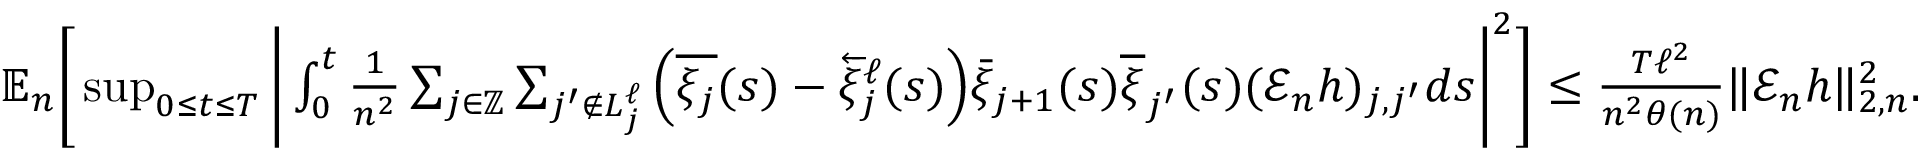
\begin{array} { r l } & { \mathbb { E } _ { n } \bigg [ \operatorname* { s u p } _ { 0 \le t \le T } \bigg | \int _ { 0 } ^ { t } \frac { 1 } { n ^ { 2 } } \sum _ { j \in \mathbb Z } \sum _ { j ^ { \prime } \notin { L _ { j } ^ { \ell } } } \Big ( \overline { { \xi _ { j } } } ( s ) - \overleftarrow { \xi } _ { j } ^ { \ell } ( s ) \Big ) \bar { \xi } _ { j + 1 } ( s ) \overline { { \xi } } _ { j ^ { \prime } } ( s ) ( \mathscr { E } _ { n } h ) _ { j , j ^ { \prime } } d s \bigg | ^ { 2 } \bigg ] \leq \frac { T \ell ^ { 2 } } { n ^ { 2 } \theta ( n ) } \| \mathcal E _ { n } h \| _ { 2 , n } ^ { 2 } . } \end{array}